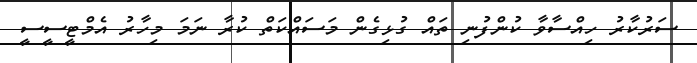
ސަރުކާރު ހިއްސާވާ ކުންފުނި ތައް ގުޅިގެން މަސައްކަތް ކުރާ ނަމަ މިހާރު އެމްޓީސީސީ